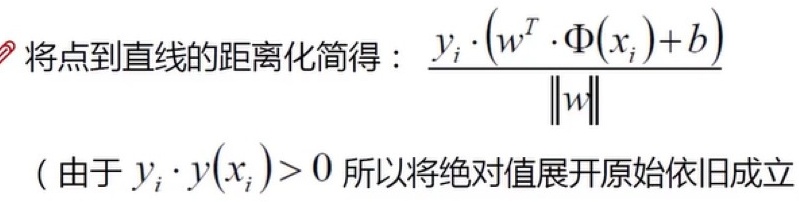
将点到直线的距离化简得：$\frac{y_{i} \cdot (w^{T} \cdot \Phi(x_{i})+b)}{\|w\|}$

（由于 $y_{i} \cdot y(x_{i})>0$ 所以将绝对值展开原始依旧成立